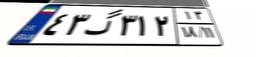
۵۹گ۳۱۸۴۹